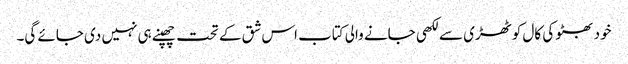
خود بھٹو کی کال کوٹھڑی سے لکھی جانے والی کتاب اس شق کے تحت چھپنے ہی نہیں دی جائے گی۔